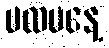
ပထမနေ့